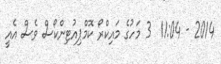
2014 - 11:04  3 މަހުގެ މައިކްރޯ ކޮމްޕިއުޓިންކޯސް ވެސް އެއީ